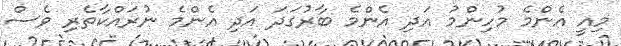
މިއީ އެންމެ މުހިންމު އަދި އެންމެ ބާރުގަދަ އަދި އެންމެ ނުރައްކާތެރި ވެސް